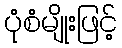
ပုံစံမျိုးဖြင့်